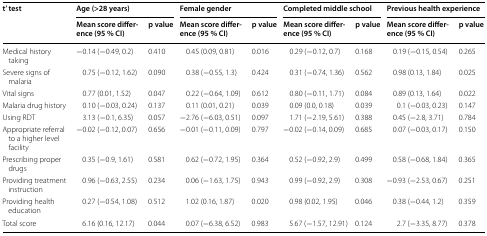
<table><thead><tr><td rowspan="2"><b>t’ test</b></td><td colspan="2"><b>Age (&gt;28 years)</b></td><td colspan="2"><b>Female gender</b></td><td colspan="2"><b>Completed middle school</b></td><td colspan="2"><b>Previous health experience</b></td></tr><tr><td><b>Mean score difference (95 % CI)</b></td><td><b>p value</b></td><td><b>Mean score difference (95 % CI)</b></td><td><b>p value</b></td><td><b>Mean score difference (95 % CI)</b></td><td><b>p value</b></td><td><b>Mean score difference (95 % CI)</b></td><td><b>p value</b></td></tr></thead><tbody><tr><td>Medical history taking</td><td>−0.14 (−0.49, 0.2)</td><td>0.410</td><td>0.45 (0.09, 0.81)</td><td>0.016</td><td>0.29 (−0.12, 0.7)</td><td>0.168</td><td>0.19 (−0.15, 0.54)</td><td>0.265</td></tr><tr><td>Severe signs of malaria</td><td>0.75 (−0.12, 1.62)</td><td>0.090</td><td>0.38 (−0.55, 1.3)</td><td>0.424</td><td>0.31 (−0.74, 1.36)</td><td>0.562</td><td>0.98 (0.13, 1.84)</td><td>0.025</td></tr><tr><td>Vital signs</td><td>0.77 (0.01, 1.52)</td><td>0.047</td><td>0.22 (−0.64, 1.09)</td><td>0.612</td><td>0.80 (−0.11, 1.71)</td><td>0.084</td><td>0.89 (0.13, 1.64)</td><td>0.022</td></tr><tr><td>Malaria drug history</td><td>0.10 (−0.03, 0.24)</td><td>0.137</td><td>0.11 (0.01, 0.21)</td><td>0.039</td><td>0.09 (0.0, 0.18)</td><td>0.039</td><td>0.1 (−0.03, 0.23)</td><td>0.147</td></tr><tr><td>Using RDT</td><td>3.13 (−0.1, 6.35)</td><td>0.057</td><td>−2.76 (−6.03, 0.51)</td><td>0.097</td><td>1.71 (−2.19, 5.61)</td><td>0.388</td><td>0.45 (−2.8, 3.71)</td><td>0.784</td></tr><tr><td>Appropriate referral to a higher level facility</td><td>−0.02 (−0.12, 0.07)</td><td>0.656</td><td>−0.01 (−0.11, 0.09)</td><td>0.797</td><td>−0.02 (−0.14, 0.09)</td><td>0.685</td><td>0.07 (−0.03, 0.17)</td><td>0.150</td></tr><tr><td>Prescribing proper drugs</td><td>0.35 (−0.9, 1.61)</td><td>0.581</td><td>0.62 (−0.72, 1.95)</td><td>0.364</td><td>0.52 (−0.92, 2.9)</td><td>0.499</td><td>0.58 (−0.68, 1.84)</td><td>0.365</td></tr><tr><td>Providing treatment instruction</td><td>0.96 (−0.63, 2.55)</td><td>0.234</td><td>0.06 (−1.63, 1.75)</td><td>0.943</td><td>0.99 (−0.92, 2.9)</td><td>0.308</td><td>−0.93 (−2.53, 0.67)</td><td>0.251</td></tr><tr><td>Providing health education</td><td>0.27 (−0.54, 1.08)</td><td>0.512</td><td>1.02 (0.16, 1.87)</td><td>0.020</td><td>0.98 (0.02, 1.95)</td><td>0.046</td><td>0.38 (−0.44, 1.2)</td><td>0.359</td></tr><tr><td>Total score</td><td>6.16 (0.16, 12.17)</td><td>0.044</td><td>0.07 (−6.38, 6.52)</td><td>0.983</td><td>5.67 (−1.57, 12.91)</td><td>0.124</td><td>2.7 (−3.35, 8.77)</td><td>0.378</td></tr></tbody></table>